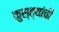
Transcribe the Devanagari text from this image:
कुस्त्यांची